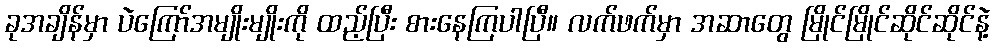
ခုအချိန်မှာ ပဲကြော်အမျိုးမျိုးကို ထည့်ပြီး စားနေကြပါပြီ။ လက်ဖက်မှာ အဆာတွေ မြိုင်မြိုင်ဆိုင်ဆိုင်နဲ့